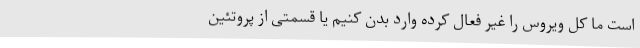
است ما کل ویروس را غیر فعال کرده وارد بدن کنیم یا قسمتی از پروتئین